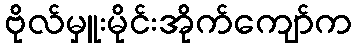
ဗိုလ်မှူးမိုင်းအိုက်ကျော်က